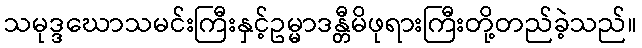
သမုဒ္ဒဃောသမင်းကြီးနှင့်ဥမ္မာဒန္တီမိဖုရားကြီးတို့တည်ခဲ့သည်။